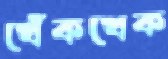
খেঁকখেক